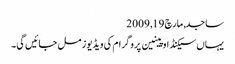
ساجد, ‏مارچ 19, 2009
یہاں سیکنڈ اوپینین پروگرام کی ویڈیوز مل جائیں گی۔